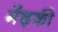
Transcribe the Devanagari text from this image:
मेंढ़की